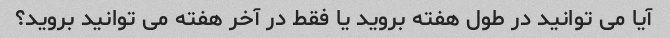
آیا می توانید در طول هفته بروید یا فقط در آخر هفته می توانید بروید؟